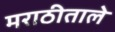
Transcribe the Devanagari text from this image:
मराठीताले